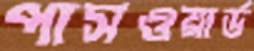
পাসওয়ার্ড